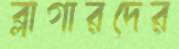
ব্লাগারদের